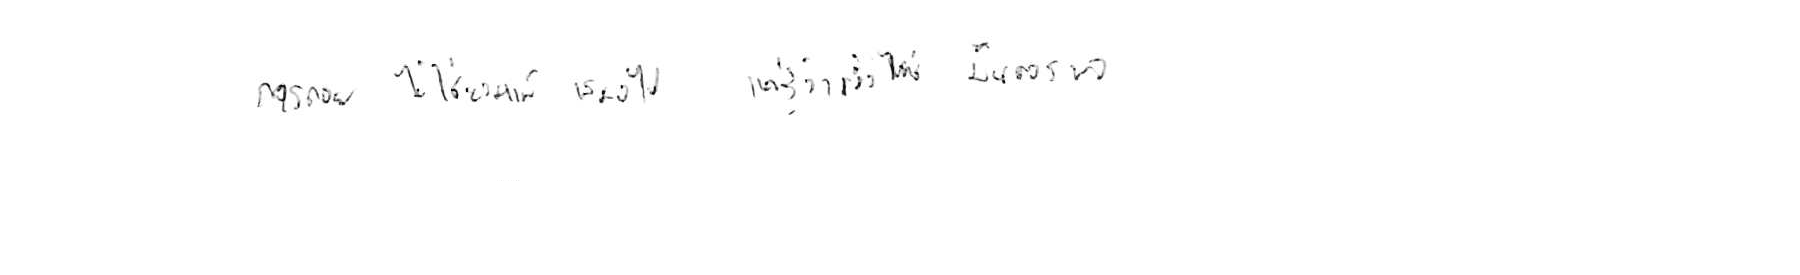
การถอย ไม่ใช่ยอมแพ้ เสมอไป แค่รู้ว่าเมื่อไหร่ มันควรพอ